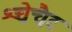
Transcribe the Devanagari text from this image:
श्चेचैट